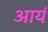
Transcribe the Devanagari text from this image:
आयं